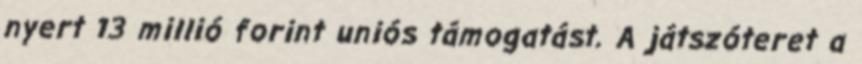
nyert 13 millió forint uniós támogatást. A játszóteret a